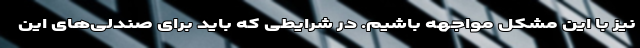
نیز با این مشکل مواجهه باشیم. در شرایطی که باید برای صندلی‌های این